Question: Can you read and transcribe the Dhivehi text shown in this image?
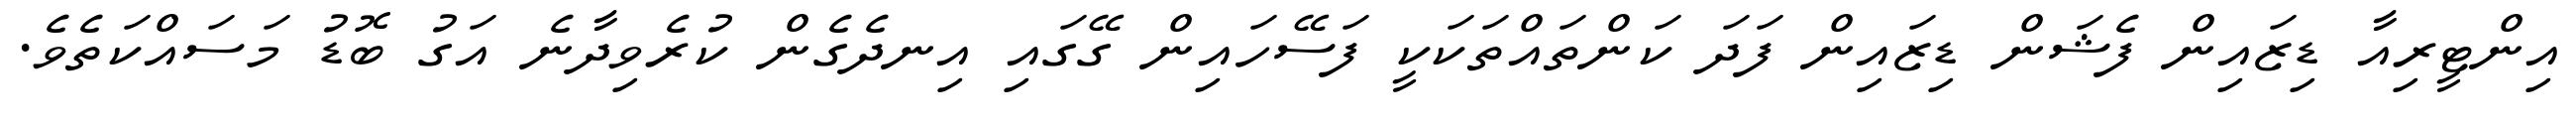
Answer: އިންޓީރިއާ ޑިޒައިން ފެޝަން ޑިޒައިން ފަދަ ކަންތައްތަކަކީ ފަސޭހައިން ގޭގައި އިނދެގެން ކުރެވިދާނެ އަގު ބޮޑު މަސައްކަތެވެ.